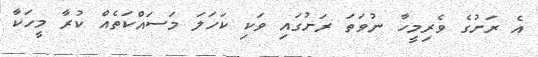
އެ ރަށުގެ ވެރިމީހާ ނުވަތަ ރަށުގައި ވަކި ކަހަލަ މަސައްކަތެއް ކުރާ މީހަކާ